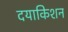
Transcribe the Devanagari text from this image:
दयाकिशन